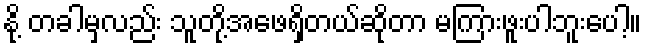
နို့ တခါမှလည်း သူတို့အဖေရှိတယ်ဆိုတာ မကြားဖူးပါဘူးပေါ့။